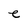
Character: e